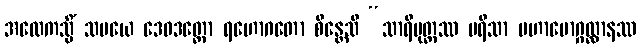
အထေကသ္မိံ သမယေ ဒေဝဒတ္တော ရဟောဂတော စိန္တေသိ “သာရိပုတ္တဿ ပရိသာ မဟာမောဂ္ဂလ္လာနဿ